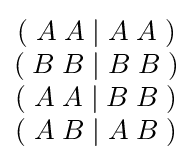
{\begin{matrix}(\;A\;A\;|\;A\;A\;)\\(\;B\;B\;|\;B\;B\;)\\(\;A\;A\;|\;B\;B\;)\\(\;A\;B\;|\;A\;B\;)\\\end{matrix}}